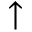
\uparrow